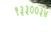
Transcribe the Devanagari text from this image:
१३३००३४